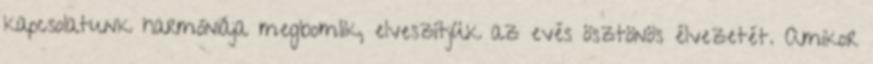
kapcsolatunk harmóniája megbomlik, elveszítjük az evés ösztönös élvezetét. Amikor